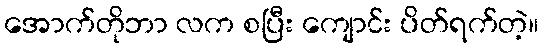
အောက်တိုဘာ လက စပြီး ကျောင်း ပိတ်ရက်တဲ့။